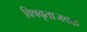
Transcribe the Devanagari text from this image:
विषवृताजवळ